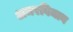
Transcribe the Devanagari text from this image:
अमरविमान